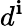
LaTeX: d^{\mathbf{i}}